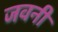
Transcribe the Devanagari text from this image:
जवनी